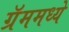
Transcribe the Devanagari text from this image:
ग्रॅममध्ये